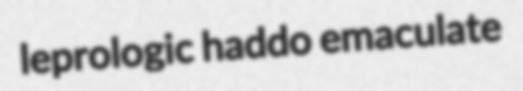
leprologic haddo emaculate